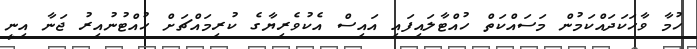
ހުމާ ވާހަކަދައްކަމުން މަސައްކަތް ހުއްޓާލައިފައި އައިސް އެކުވެރިޔާގެ ކުރިމައްޗަށް ހުއްޓުނުއިރު ޖަނާ އިނީ